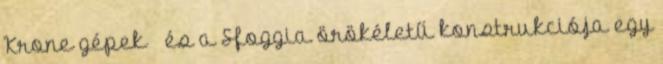
Krone gépek – és a Sfoggia örökéletű konstrukciója egy